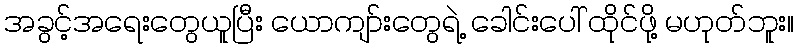
အခွင့်အရေးတွေယူပြီး ယောကျာ်းတွေရဲ့ ခေါင်းပေါ် ထိုင်ဖို့ မဟုတ်ဘူး။